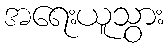
အရေးယူသွား